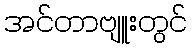
အင်တာဗျူးတွင်